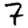
Digit: 7